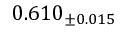
0 . 6 1 0 _ { \pm 0 . 0 1 5 }